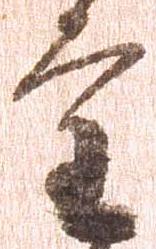
審